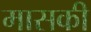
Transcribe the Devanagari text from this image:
मासकी